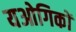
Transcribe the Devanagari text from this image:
यओगिकों